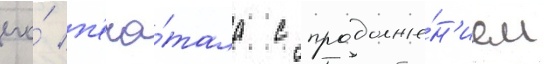
его́ п'еча́тала с продолже́н'ием